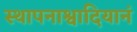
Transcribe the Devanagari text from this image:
स्थापनाश्वादियानं